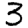
Digit: 3